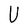
Character: U